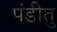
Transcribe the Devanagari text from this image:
पंडीतु